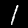
Label: 1